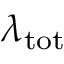
\lambda _ { \mathrm { t o t } }